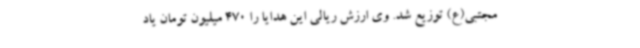
مجتبی(ع) توزیع شد. وی ارزش ریالی این هدایا را 470 میلیون تومان یاد